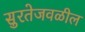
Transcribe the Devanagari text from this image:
सुरतेजवळील